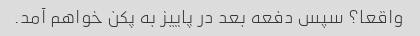
واقعا؟ سپس دفعه بعد در پاییز به پکن خواهم آمد.